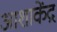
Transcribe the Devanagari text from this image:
आशाकेंद्र